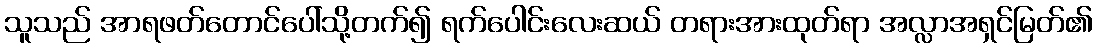
သူသည် အာရဖတ်တောင်ပေါ်သို့တက်၍ ရက်ပေါင်းလေးဆယ် တရားအားထုတ်ရာ အလ္လာအရှင်မြတ်၏